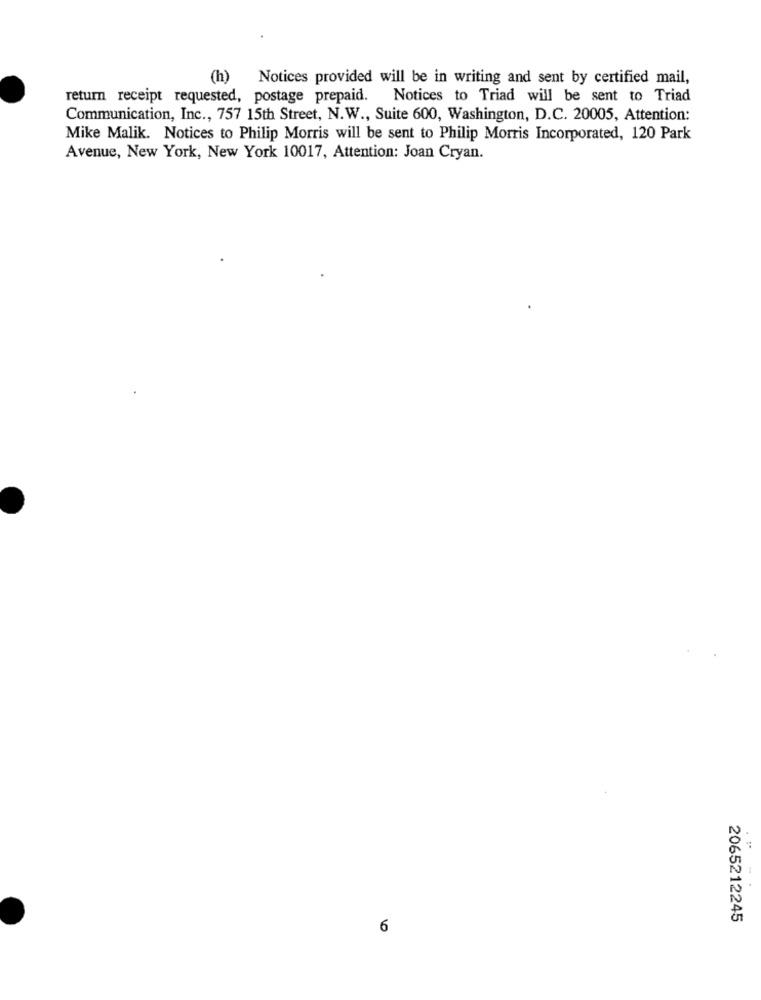
(h) Notices provided will be in writing and sent by certified mail,
return receipt requested, postage prepaid.
Notices to Triad will be sent to Triad
Communication, Inc ., 757 15th Street, N.W ., Suite 600, Washington, D.C. 20005, Attention:
Mike Malik. Notices to Philip Morris will be sent to Philip Morris Incorporated, 120 Park
Avenue, New York, New York 10017, Attention: Joan Cryan.
2065212245
6